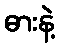
ဓားနဲ့